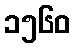
၁၅၆၀